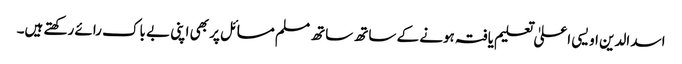
اسد الدین اویسی اعلیٰ تعلیم یافتہ ہونے کے ساتھ ساتھ مسلم مسائل پر بھی اپنی بے باک رائے رکھتے ہیں۔